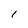
Character: I